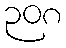
၃၀၈